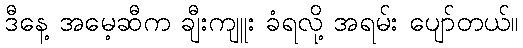
ဒီနေ့ အမေ့ဆီက ချီးကျူး ခံရလို့ အရမ်း ပျော်တယ်။